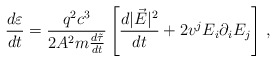
\begin{align*}\frac{d\varepsilon}{dt}=\frac{q^{2}c^{3}}{2A^{2}m{\frac{d\tilde\tau}{dt}}}\left[\frac{d|\vec{E}|^{2}}{dt}+2v^{j}E_{i}\partial_{i}E_{j}\right]\,{,}\end{align*}